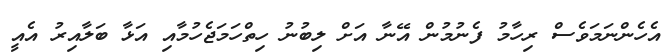
އެހެންނަމަވެސް ރިހާމު ފެނުމުން އޭނާ އަށް ލިބުނު ހިތްހަމަޖެހުމާއި އަޅާ ބަލާއިރު އެއީ